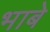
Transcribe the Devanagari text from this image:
भाबे